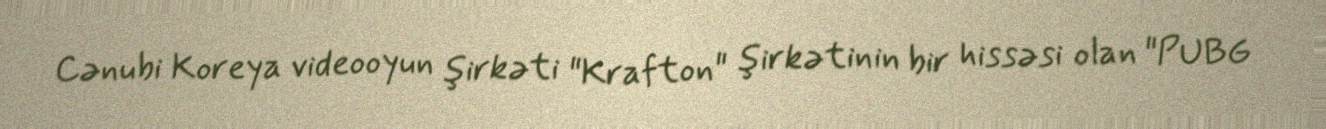
Cənubi Koreya videooyun şirkəti "Krafton" şirkətinin bir hissəsi olan "PUBG